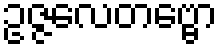
ဥဇ္ဇလေတဗ္ဗော